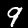
Label: 9